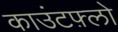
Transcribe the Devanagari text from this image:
काउंटफ़्लो